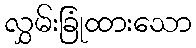
လွှမ်းခြုံထားသော